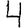
Digit: 4